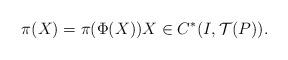
LaTeX: \begin{align*} \pi(X)=\pi(\Phi(X)) X\in C^*(I,\mathcal T(P)). \end{align*}